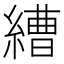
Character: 𦄧